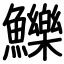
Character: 鱳